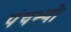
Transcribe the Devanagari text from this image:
पंचभ्यो